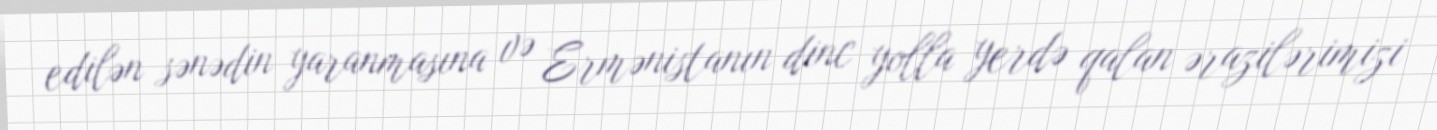
edilən sənədin yaranmasına və Ermənistanın dinc yolla yerdə qalan ərazilərimizi